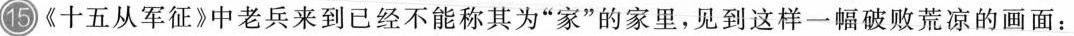
15《十五从军征》中老兵来到已经不能称其为”家”的家里，见到这样一幅破败荒凉的画面：